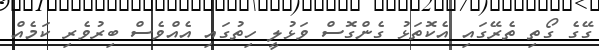
ގޭގެ ގޯތި ތެރޭގައި އެކޮތަޅު ގެންގޮސް ވަޅުލީ ހިތުގައި އެއްވެސް ބިރުވެރި ކަމެއް